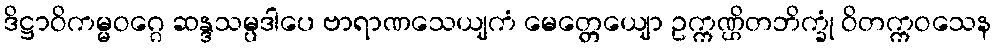
ဒိဋ္ဌာဝိကမ္မဝဂ္ဂေ ဆန္ဒသမ္ပဒါပေ ဗာရာဏသေယျကံ မေတ္တေယျော ဥက္ကဏ္ဌိတဘိက္ခုံ ဝိတက္ကဝသေန